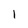
Character: 1